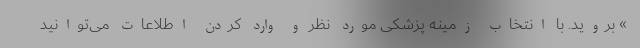
» بروید. با انتخاب زمینه پزشکی مورد نظر و وارد کردن اطلاعات می‌توانید